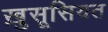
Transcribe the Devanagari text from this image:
ख़ुसूसियत